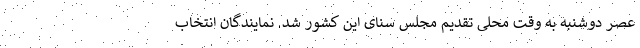
عصر دوشنبه به وقت محلی تقدیم مجلس سنای این کشور شد. نمایندگان انتخاب